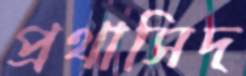
প্রথাসিদ